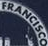
FRANCISCO